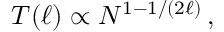
T ( \ell ) \propto N ^ { 1 - 1 / ( 2 \ell ) } \, ,